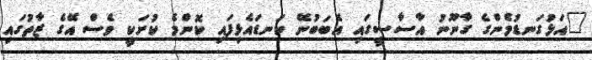
"އަޅުގަނޑުމެންގެ ގާނޫނު އާސާސީގައި އެބަބުނޭ ކަނޑައެޅިފައި ކޮންމެ ކުށަކީ ވެސް އޭގެ ޒާތުގައި